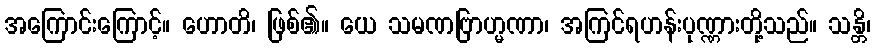
အကြောင်းကြောင့်။ ဟောတိ၊ ဖြစ်၏။ ယေ သမဏဗြာဟ္မဏာ၊ အကြင်ရဟန်းပုဏ္ဏားတို့သည်။ သန္တိ၊